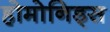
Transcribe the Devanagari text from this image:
होमोनिड्स